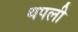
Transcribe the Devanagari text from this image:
थपली